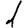
Digit: 1